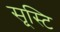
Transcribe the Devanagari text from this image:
स्ृस्टि